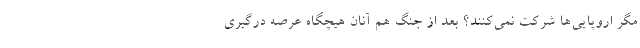
مگر اروپایی‌ها شرکت نمی‌کنند؟ بعد از جنگ هم آنان هیچگاه عرصه درگیری